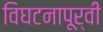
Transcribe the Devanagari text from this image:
विघटनापूर्वी